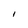
Character: l